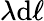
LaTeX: \lambda\mathrm{d}\ell